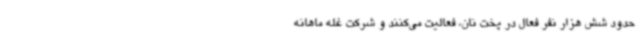
حدود شش هزار نفر فعال در پخت نان، فعالیت می‌کنند و شرکت غله ماهانه